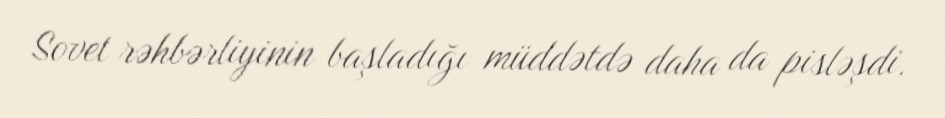
Sovet rəhbərliyinin başladığı müddətdə daha da pisləşdi.